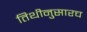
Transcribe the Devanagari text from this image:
तिथीनुसारच